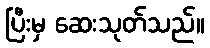
ပြီးမှ ဆေးသုတ်သည်။